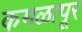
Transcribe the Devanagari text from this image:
कमळापूर